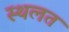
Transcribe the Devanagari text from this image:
स्थलत